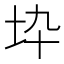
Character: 𡉻